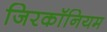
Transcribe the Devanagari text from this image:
जिरकॉनियम